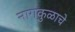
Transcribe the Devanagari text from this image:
नागकुळाचे